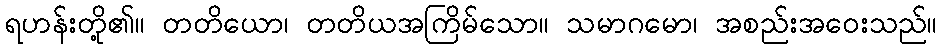
ရဟန်းတို့၏။ တတိယော၊ တတိယအကြိမ်သော။ သမာဂမော၊ အစည်းအဝေးသည်။